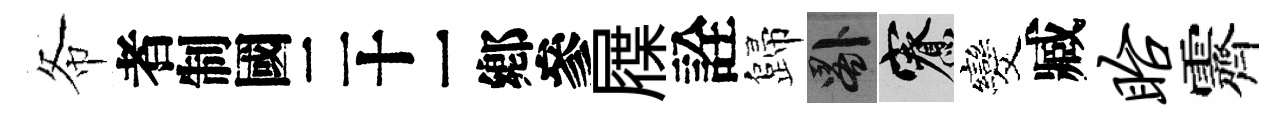
𢁙识屧詮歸晷寮发臧眙霽